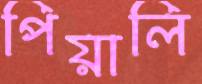
পিয়ালি